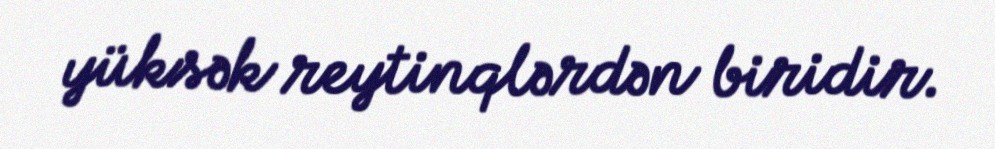
yüksək reytinqlərdən biridir.